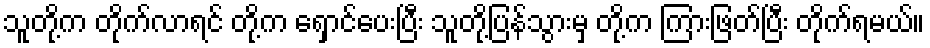
သူတို့က တိုက်လာရင် တို့က ရှောင်ပေးပြီး သူတို့ပြန်သွားမှ တို့က ကြားဖြတ်ပြီး တိုက်ရမယ်။